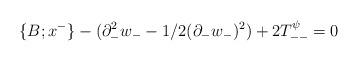
LaTeX: \begin{align*}\{B;x^- \} -(\partial^2_{-} w_{-} -1/2 (\partial_{-} w_{-})^2)+2T_{--}^{\psi}=0\end{align*}